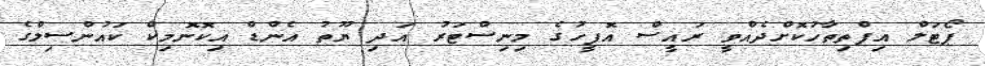
ޕޯޓަލް އިފްތިތާހުކޮށްދެއްވީ ރައީސް އޮފީހުގެ މިނިސްޓަރު އަދި ޔޫތު އެންޑް އިކޮނޮމިކް ކައުންސިލްގެ